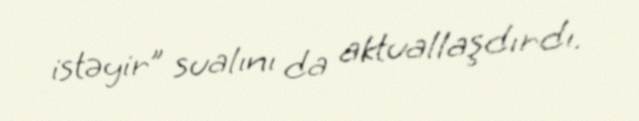
istəyir” sualını da aktuallaşdırdı.